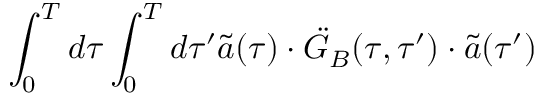
\int _ { 0 } ^ { T } d \tau \int _ { 0 } ^ { T } d \tau ^ { \prime } { \tilde { a } } ( \tau ) \cdot \ddot { \cal G } _ { B } ( \tau , \tau ^ { \prime } ) \cdot { \tilde { a } } ( \tau ^ { \prime } )